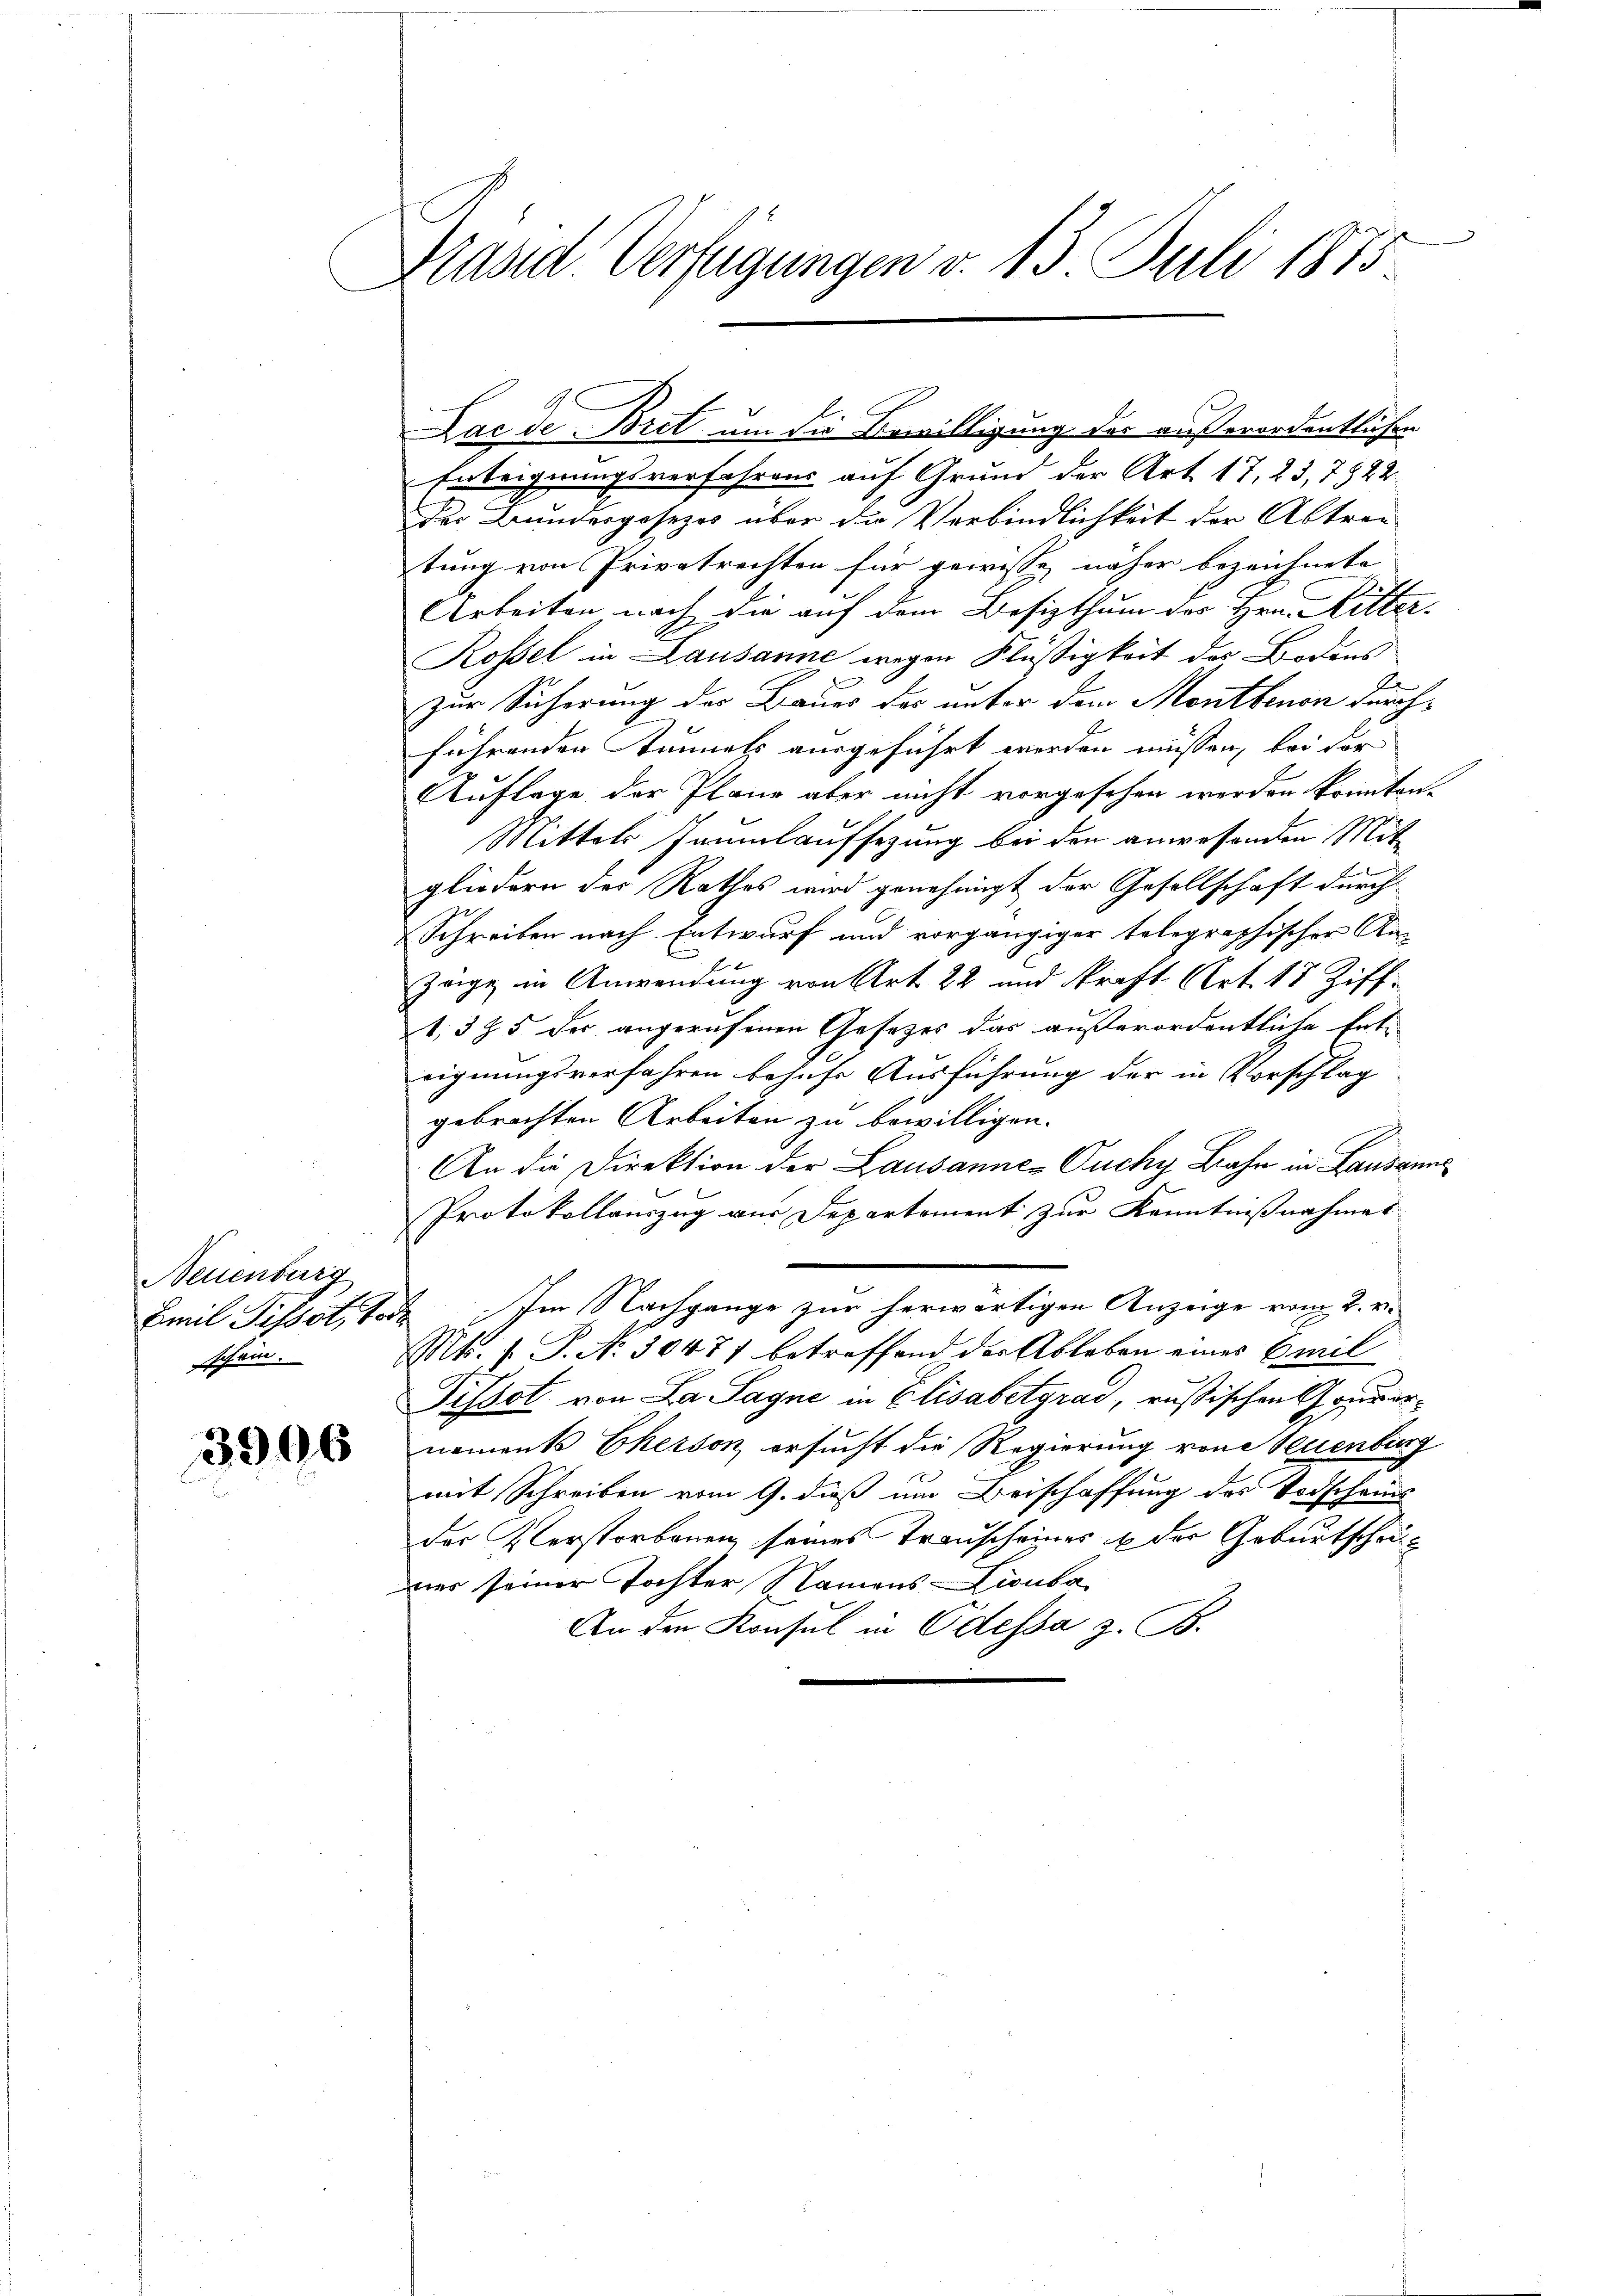
Neuenburg
schein.

3996

Präsid. Verfügungen v. 13. Juli 1873.

Lac de Bret um die Bewilligung des außerordentlichen
Enteignungsverfahrens auf Grund der Art. 17, 23, 7822.
des Bundergesezes über die Verbindlichkeit der Abtren-
tung von Privatrechten für gewisse, näher bezeichnete
Arbeiten nach die auf dem Besizthum des Hrn. Mitter-
Rossel in Lausanne wegen Flüßigkeit des Bodens
zur Sicherung der Baues der unter dem Montbenen durchführenden Tunnels ausgeführt werden müssen, bei der
Auflage der Plane aber nicht vorgesehen werden konnten.
Mittels Jannlaufsezung bei den anwesenden Mit
gliedern der Rathes wird genehmigt der Gesellschaft durch
Schreiben nach Entwurf und vorgängiger telegraphischer An-
zöge in Anwendung von Art 22 und kraft Art. 18 Ziff-
1,385 der angerufenen Gesetzes das außerordentliche Enteignungsverfahren behufs Ausführung der in Vorschlag
gebrachten Arbeiten zu bewilligen.
An die Direktion der Lausannes Ouchy Bahn in Lausanne
h
Protokollauszug vor Departement zur Kenntnißnahmet
.
Emil Tissot, Tode Im Nachgange zur herwärtigen Anzeige vom 2. v.
Mts. f. P. No. 30477 betreffend der Ableben eines Emil
Tissot von La Sagne in Elisabetgrad, russischen Gouvernements Ekerson ersucht die Regierung von Neuenburg
mit Schreiben vom 9. dieß um Beischaffung des Todscheins
der Verstorbenen seines Transcheines in der Geburtschaumier seiner Tochter Namens-Lionba
An den Konsul in Odessa z. B.